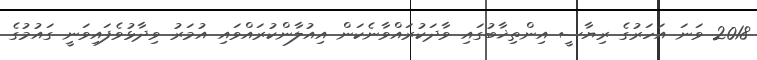
2018 ވަނަ އަހަރުގެ ރިޔާސީ އިންތިޚާބުގައި ވާދަކުރައްވާނެކަން އިއުލާންކުރައްވައި އުމަރު ވިދާޅުވެފައިވަނީ ގައުމުގެ